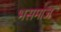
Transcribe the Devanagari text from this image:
भसमाज